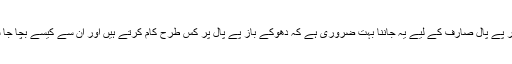
اس لیے ہر پے پال صارف کے لیے یہ جاننا بہت ضروری ہے کہ دھوکے باز پے پال پر کس طرح کام کرتے ہیں اور ان سے کیسے بچا جا سکتا ہے؟